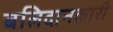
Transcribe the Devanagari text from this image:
बलिदानकारी